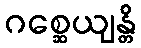
ဂစ္ဆေယျန္တိ